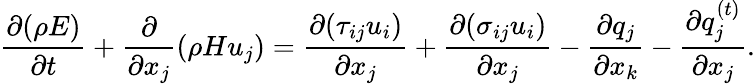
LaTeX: \frac{{\partial(\rho E)}}{{\partial t}}+\frac{\partial}{{\partial{x_{j}}}}(\rho H{u_{j}})=\frac{{\partial({\tau_{ij}}{u_{i}})}}{{\partial{x_{j}}}}+\frac{{\partial({\sigma_{ij}}{u_{i}})}}{{\partial{x_{j}}}}-\frac{{\partial{q_{j}}}}{{\partial{x_{k}}}}-\frac{{\partial q_{j}^{\left(t\right)}}}{{\partial{x_{j}}}}.